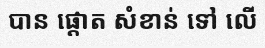
បាន ផ្តោត សំខាន់ ទៅ លើ